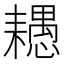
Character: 𦔧